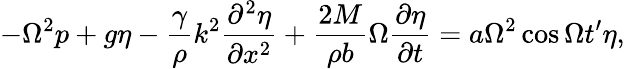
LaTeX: -\Omega^{2}p+g\eta-\frac{\gamma}{\rho}k^{2}\frac{\partial^{2}\eta}{\partial x^{2}}+\frac{2M}{\rho b}\Omega\frac{\partial\eta}{\partial t}=a\Omega^{2}\cos{\Omega t^{\prime}}\eta,